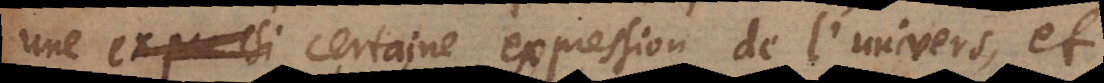
une expressi certaine expression de l’univers